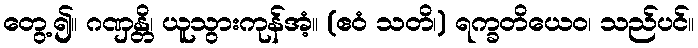
တွေ့၍။ ဂဏှန္တိ၊ ယူသွားကုန်အံ့။ (ဧဝံ သတိ၊) ရက္ခတိယေဝ၊ သည်ပင်။